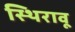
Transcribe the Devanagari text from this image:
स्थिरावू